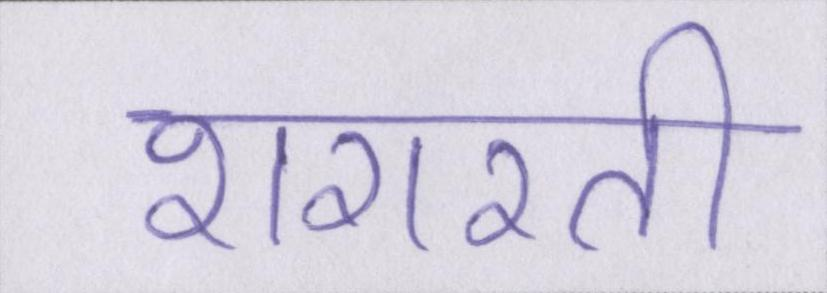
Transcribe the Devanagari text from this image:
शरारती